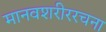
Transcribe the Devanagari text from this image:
मानवशरीररचना